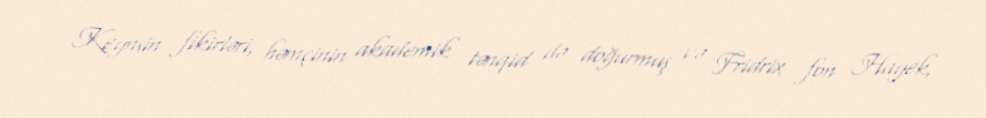
Keynsin fikirləri, həmçinin akademik tənqid də doğurmuş və Fridrix fon Hayek,